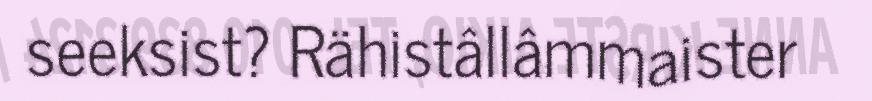
seeksist? Rähistâllâmmaister